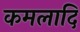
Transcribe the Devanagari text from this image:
कमलादि